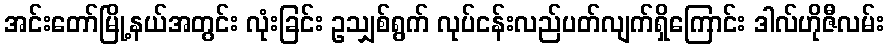
အင်းတော်မြို့နယ်အတွင်း လုံးခြင်း ဥသျှစ်ရွက် လုပ်ငန်းလည်ပတ်လျက်ရှိကြောင်း ဒါလ်ဟိုဇီလမ်း